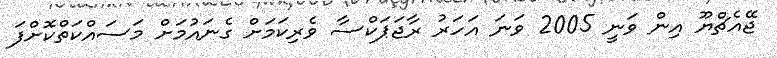
ޖޭއެޗްޔޫ އިން ވަނީ 2005 ވަނަ އަހަރު ރާޖަޕަކްސާ ވެރިކަމަށް ގެނައުމަށް މަސައްކަތްކޮށްފަ